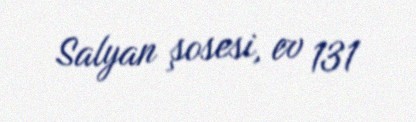
Salyan şosesi, ev 131